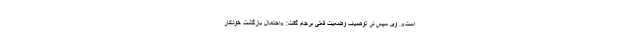
است». وی سپس در توصیف وضعیت فعلی برجام گفت: «احتمال بازگشت خودکار